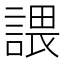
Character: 𧪏